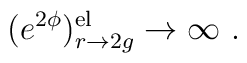
(e^{2\phi})_{r\rightarrow  2g}^{\rm el} \rightarrow \infty \ .